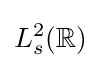
L_{s}^{2}(\mathbb {R} )